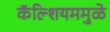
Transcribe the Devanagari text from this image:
कॅल्शियममुळे